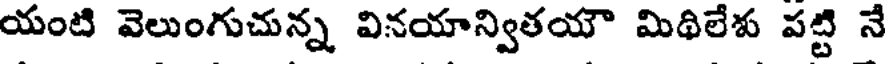
యంటి వెలుంగుచున్న వినయాన్వితయౌ మిథిలేశు పట్టి నే